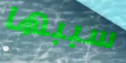
سببها